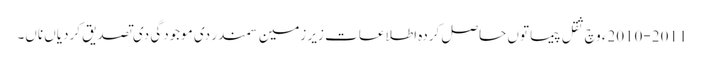
2010-2011ء وچ ثقل پیما تو‏ں حاصل کردہ اطلاعات زیر زمین سمندر دی موجودگی دی تصدیق کردیاں ناں۔